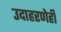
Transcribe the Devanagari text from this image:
उदाहरणेही